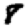
Digit: 8